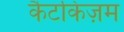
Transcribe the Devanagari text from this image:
कैटकिज़म